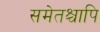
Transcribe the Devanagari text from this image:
समेतश्चापि